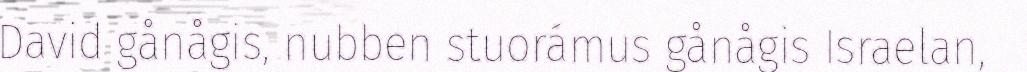
David gånågis, nubben stuorámus gånågis Israelan,